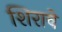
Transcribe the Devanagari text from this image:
शिरावे